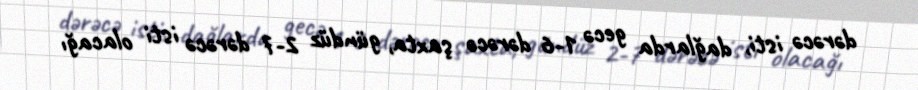
dərəcə isti, dağlarda gecə 1-6 dərəcə şaxta, gündüz 2-7 dərəcə isti olacağı